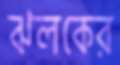
ঝলকের